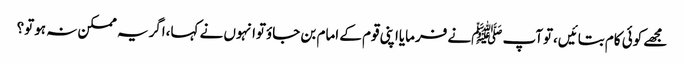
مجھے کوئی کام بتائیں،توآپ ﷺنے فرمایااپنی قوم کے امام بن جاؤتوانہوں نے کہا،اگریہ ممکن نہ ہوتو؟